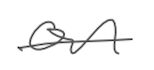
Text: on
Cross-out: single-line
Writing tool: digital_gray